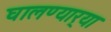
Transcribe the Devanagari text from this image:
घालण्यार्‍या